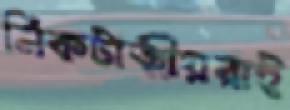
নিকটাত্মীয়রাই